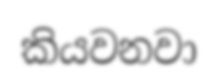
කියවනවා